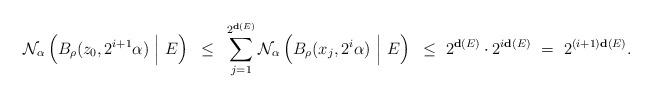
LaTeX: \begin{align*}\mathcal{N_{\alpha}}\left(B_\rho(z_0,2^{i+1}\alpha)~\Big|~E\right)~\leq~\sum_{j=1}^{2^{{\bf d}(E)}}\mathcal{N_{\alpha}}\left(B_\rho(x_j,2^{i}\alpha)~\Big|~E\right)~\leq~2^{{\bf d}(E)}\cdot 2^{i{\bf d}(E)}~=~2^{(i+1){\bf d}(E)}.\end{align*}